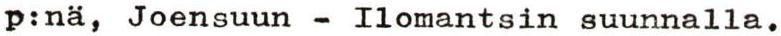
p:nä, Joensuun - Ilomantsin suunnalla.